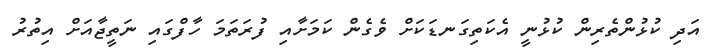
އަދި ކުޅުންތެރިން ކުޅުނީ އެކަތިގަނޑަކަށް ވެގެން ކަމަށާއި ފުރަތަމަ ހާފްގައި ނަތީޖާއަށް އިތުރު